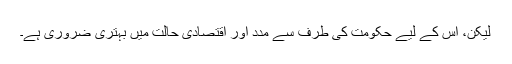
لیکن، اس کے لیے حکومت کی طرف سے مدد اور اقتصادی حالت میں بہتری ضروری ہے۔